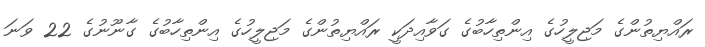
ރައްޔިތުންގެ މަޖިލީހުގެ އިންތިހާބުގެ ގަވާއިދަކީ ރައްޔިތުންގެ މަޖިލީހުގެ އިންތިހާބުގެ ގާނޫނުގެ 22 ވަނަ